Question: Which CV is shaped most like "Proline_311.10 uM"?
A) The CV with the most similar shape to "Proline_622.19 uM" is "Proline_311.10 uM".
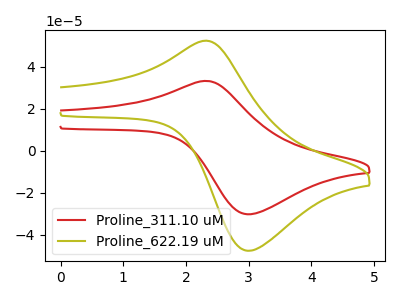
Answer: <think>The red curve "Proline_311.10 uM" has an anodic peak at (2.30V, 33.30uA) and a cathodic peak at (3.05V, -30.25uA). The olive curve "Proline_622.19 uM" has an anodic peak at (2.30V, 52.45uA) and a cathodic peak at (3.05V, -47.65uA).
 All the peaks in "Proline_311.10 uM" have a peak in "Proline_622.19 uM" at the same potential. Every peak in "Proline_311.10 uM" is lower than every peak in "Proline_622.19 uM".</think>
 <answer>A) The CV with the most similar shape to "Proline_622.19 uM" is "Proline_311.10 uM".</answer>
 <eval>A</eval>